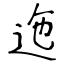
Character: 迤